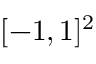
[ - 1 , 1 ] ^ { 2 }